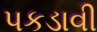
પકડાવી